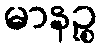
မာနဉ္စ